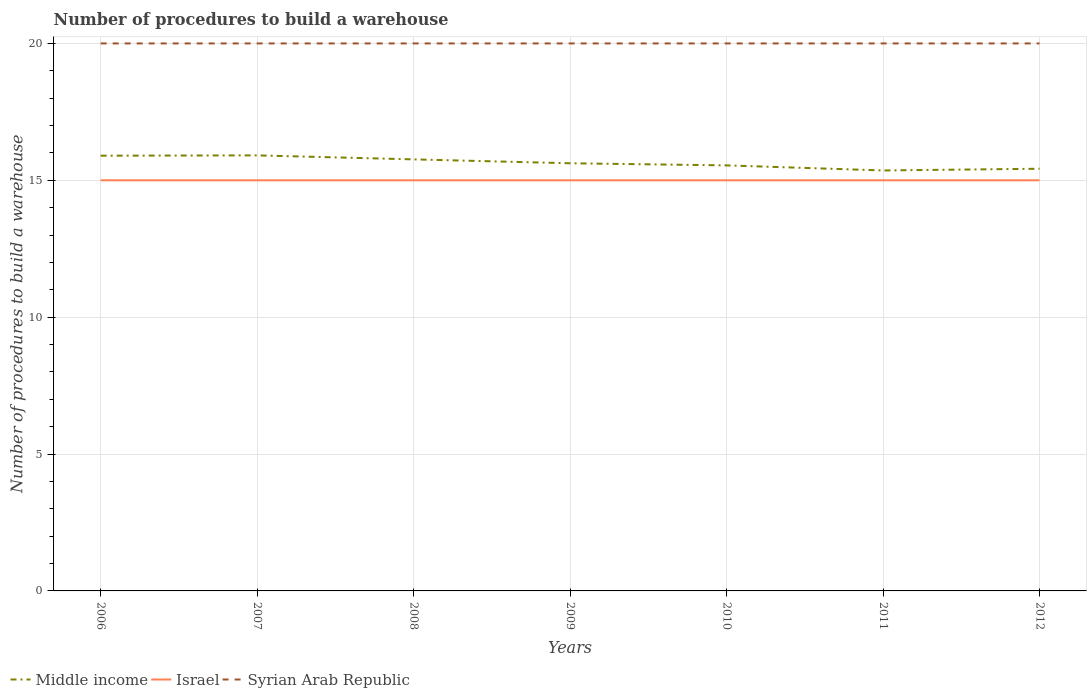
| Years | Middle income | Israel | Syrian Arab Republic |
 | --- | --- | --- | --- |
 | 2006 | 15.9 | 15 | 20 |
 | 2007 | 15.9 | 15 | 20 |
 | 2008 | 15.8 | 15 | 20 |
 | 2009 | 15.6 | 15 | 20 |
 | 2010 | 15.5 | 15 | 20 |
 | 2011 | 15.4 | 15 | 20 |
 | 2012 | 15.4 | 15 | 20 |